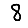
Digit: 8